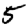
Digit: 5